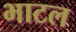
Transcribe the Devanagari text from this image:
भाटल